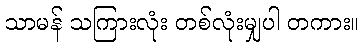
သာမန် သကြားလုံး တစ်လုံးမျှပါ တကား။